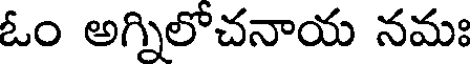
ఓం అగ్నిలో చనాయ నమః